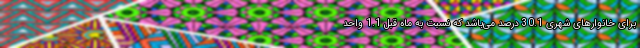
برای خانوارهای شهری 30.1 درصد می‌باشد که نسبت به ماه قبل 1.1 واحد